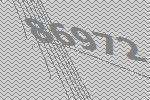
86972